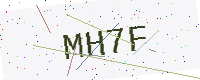
Text: MH7F